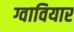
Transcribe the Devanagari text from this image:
ग्वावियार